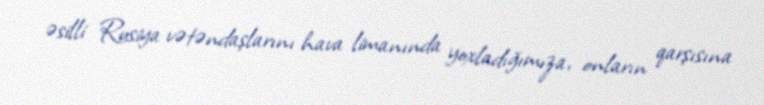
əsilli Rusiya vətəndaşlarını hava limanında yoxladığımıza, onların qarşısına